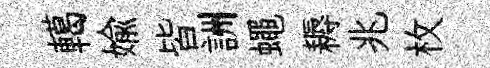
轕媮皆詶蠅耨兆枚